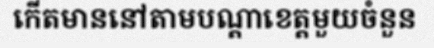
កើតមាននៅតាមបណ្តាខេត្តមួយចំនួន